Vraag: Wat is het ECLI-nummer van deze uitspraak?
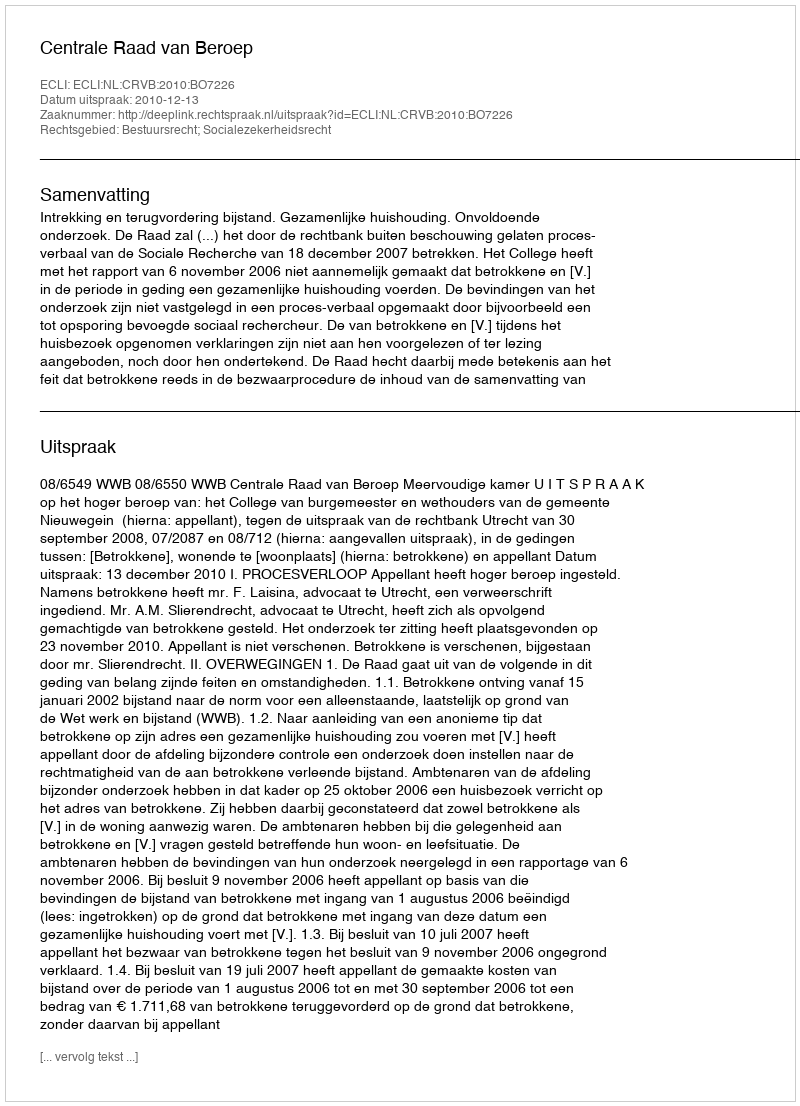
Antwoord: ECLI:NL:CRVB:2010:BO7226